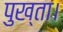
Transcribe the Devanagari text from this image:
पुख्ता।